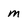
Character: m